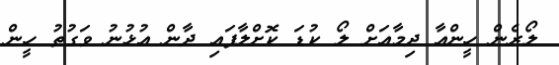
ލޯރެން ހީންއާ ދިމާއަށް ލޯ ކުޑަ ކޮށްލާފައި ދާން އުޅުނު ވަގުތު ހީން